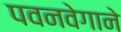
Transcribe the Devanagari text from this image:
पवनवेगाने